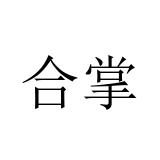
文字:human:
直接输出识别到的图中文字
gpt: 合掌